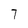
Character: 7